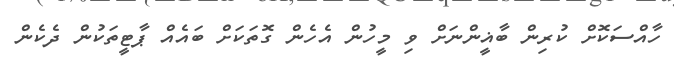
ހާއްސަކޮށް ކުރިން ބާޣީންނަށް ވި މީހުން އެހެން ގޮތަކަށް ބައެއް ޕާޓީތަކުން ދެކެން